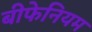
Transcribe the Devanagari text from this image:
बीफेनियम